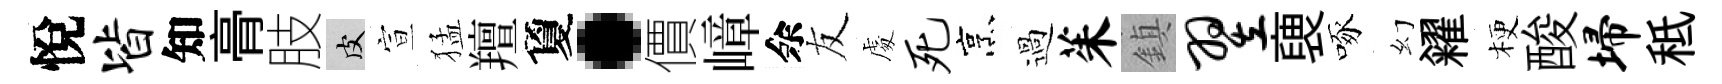
悅皆知𮌔肢皮宣猛羶夐·價嶂余友䖏死烹過茱鎮翌褏啄幻糴梗酸埽秪